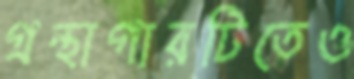
গ্রন্থাগারটিতেও